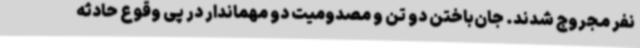
نفر مجروج شدند. جان‌باختن دو تن و مصدومیت دو مهماندار در پی وقوع حادثه